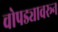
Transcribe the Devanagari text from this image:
चोपड्यावरून